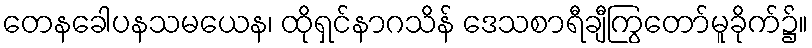
တေနခေါပနသမယေန၊ ထိုရှင်နာဂသိန် ဒေသစာရီချီကြွတော်မူခိုက်၌။